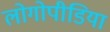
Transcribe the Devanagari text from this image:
लोगोपीडिया